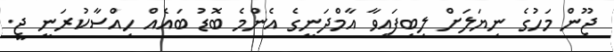
ޖޫން މަހުގެ ނިޔަލަށް ލިބިފައިވާ އާމްދަނީގެ އެންމެ ބޮޑު ބައެއް ހިއްސާކުރަނީ ޖީ.